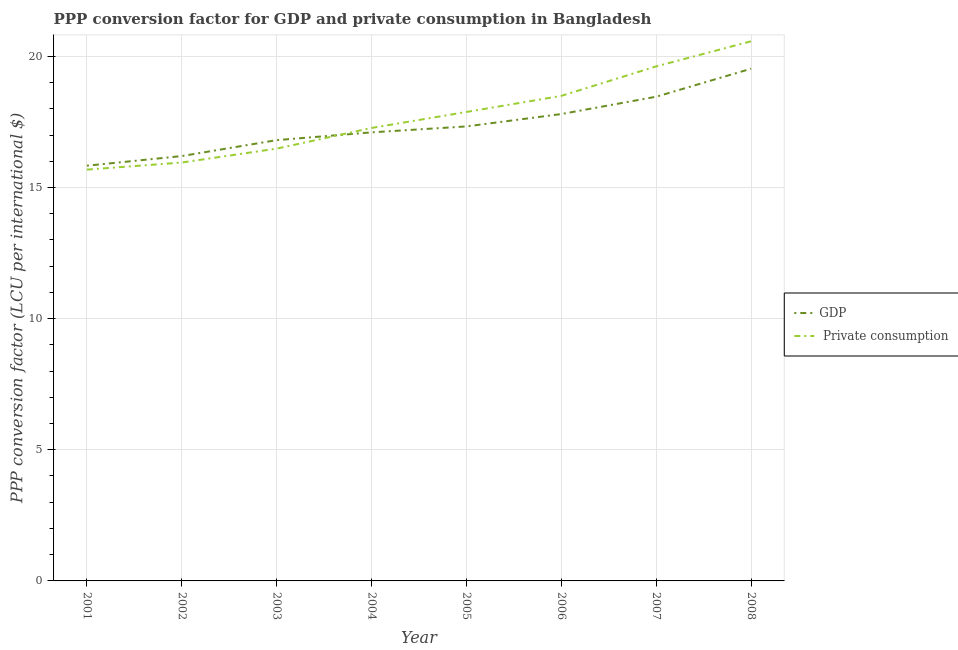
| Year | GDP |  Private consumption |
 | --- | --- | --- |
 | 2001 | 15.8 | 15.7 |
 | 2002 | 16.2 | 16 |
 | 2003 | 16.8 | 16.5 |
 | 2004 | 17.1 | 17.3 |
 | 2005 | 17.3 | 17.9 |
 | 2006 | 17.8 | 18.5 |
 | 2007 | 18.5 | 19.6 |
 | 2008 | 19.5 | 20.6 |